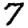
Digit: 7